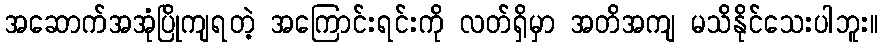
အဆောက်အအုံပြိုကျရတဲ့ အကြောင်းရင်းကို လတ်ရှိမှာ အတိအကျ မသိနိုင်သေးပါဘူး။